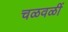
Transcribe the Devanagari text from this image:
चळवळीं